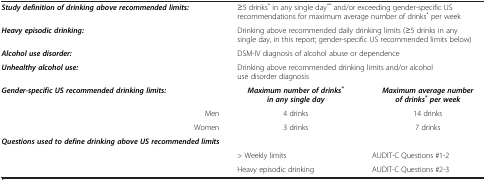
<table><thead><tr><td>[EMPTY_CELL]</td><td>[EMPTY_CELL]</td><td>[EMPTY_CELL]</td></tr></thead><tbody><tr><td><b><i>Study definition of drinking above recommended limits:</i></b></td><td colspan="2">≥5 drinks<sup>*</sup> in any single day<sup>**</sup> and/or exceeding gender-specific US recommendations for maximum average number of drinks<sup>*</sup> per week</td></tr><tr><td><b><i>Heavy episodic drinking:</i></b></td><td colspan="2">Drinking above recommended daily drinking limits (≥5 drinks in any single day, in this report; gender-specific US recommended limits below)</td></tr><tr><td><b><i>Alcohol use disorder:</i></b></td><td colspan="2">DSM-IV diagnosis of alcohol abuse or dependence</td></tr><tr><td><b><i>Unhealthy alcohol use:</i></b></td><td colspan="2">Drinking above recommended drinking limits and/or alcohol use disorder diagnosis</td></tr><tr><td><b><i>Gender-specific US recommended drinking limits:</i></b></td><td><b><i>Maximum number of drinks</i></b><sup><b><i>* </i></b></sup><b><i>in any single day</i></b></td><td><b><i>Maximum average number of drinks</i></b><sup><b><i>* </i></b></sup><b><i>per week</i></b></td></tr><tr><td>Men</td><td>4 drinks</td><td>14 drinks</td></tr><tr><td>Women</td><td>3 drinks</td><td>7 drinks</td></tr><tr><td><b><i>Questions used to define drinking above US recommended limits</i></b></td><td>[EMPTY_CELL]</td><td>[EMPTY_CELL]</td></tr><tr><td>[EMPTY_CELL]</td><td>&gt; Weekly limits</td><td>AUDIT-C Questions #1-2</td></tr><tr><td>[EMPTY_CELL]</td><td>Heavy episodic drinking</td><td>AUDIT-C Questions #2-3</td></tr></tbody></table>